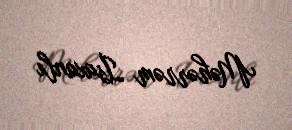
Məhərrəm İsaxanlı